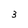
Character: 3